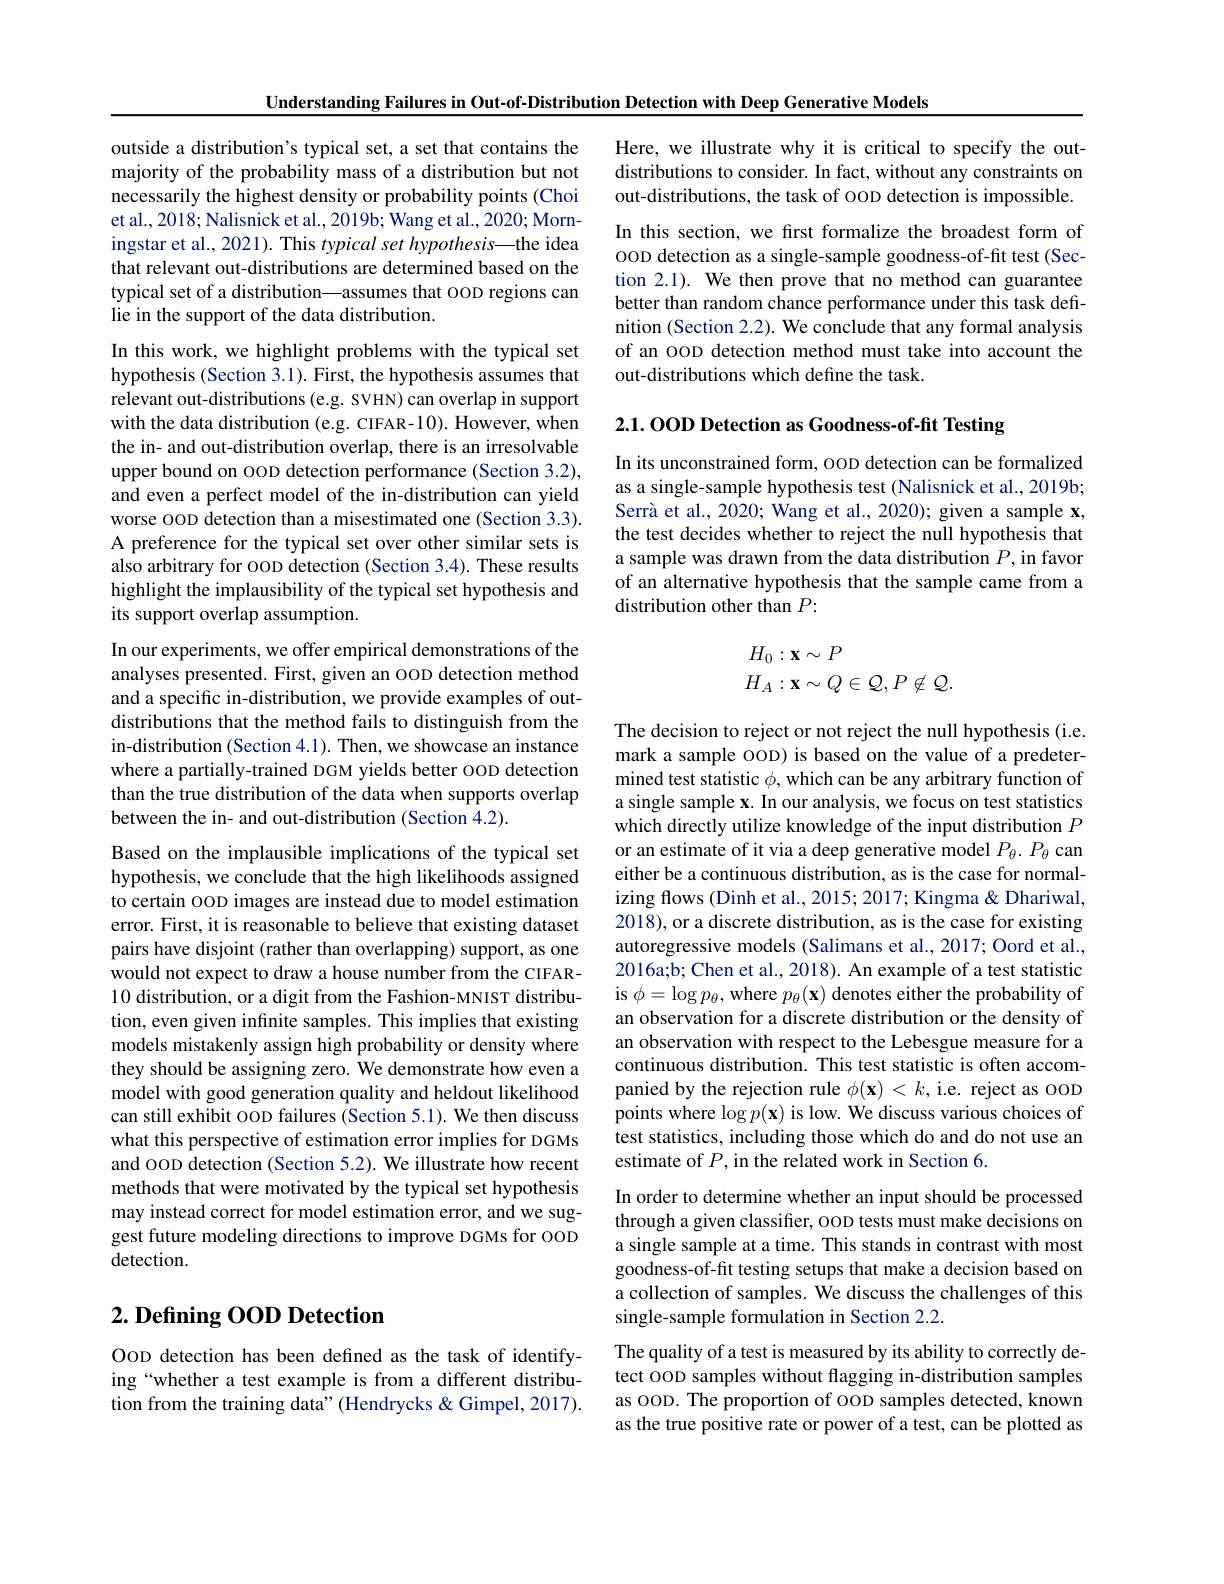
Understanding Failures in Out-of-Distribution Detection with Deep Generative Models

outside a distribution's typical set, a set that contains the majority of the probability mass of a distribution but not necessarily the highest density or probability points (Choi et al., 2018; Nalisnick et al., 2019b; Wang et al., 2020; Morningstar et al., 2021). This typical set hypothesis—the idea that relevant out-distributions are determined based on the typical set of a distribution—assumes that OOD regions can lie in the support of the data distribution.

In this work, we highlight problems with the typical set hypothesis (Section 3.1). First, the hypothesis assumes that relevant out-distributions (e.g. SVHN) can overlap in support with the data distribution (e.g. CIFAR-10). However, when the in- and out-distribution overlap, there is an irresolvable upper bound on OOD detection performance (Section 3.2), and even a perfect model of the in-distribution can yield worse OOD detection than a misestimated one (Section 3.3). A preference for the typical set over other similar sets is also arbitrary for OOD detection (Section 3.4). These results highlight the implausibility of the typical set hypothesis and its support overlap assumption.
In our experiments, we offer empirical demonstrations of the analyses presented. First, given an OOD detection method and a specific in-distribution, we provide examples of outdistributions that the method fails to distinguish from the in-distribution (Section 4.1). Then, we showcase an instance where a partially-trained DGM yields better OOD detection than the true distribution of the data when supports overlap between the in- and out-distribution (Section 4.2).
Based on the implausible implications of the typical set hypothesis, we conclude that the high likelihoods assigned to certain OOD images are instead due to model estimation error. First, it is reasonable to believe that existing dataset pairs have disjoint (rather than overlapping) support, as one would not expect to draw a house number from the CIFAR- 10 distribution, or a digit from the Fashion-MNIST distribution, even given infinite samples. This implies that existing models mistakenly assign high probability or density where they should be assigning zero. We demonstrate how even a model with good generation quality and heldout likelihood can still exhibit oop failures (Section 5.1). We then discuss

what this perspective of estimation error implies for DGMs and OOD detection (Section 5.2). We illustrate how recent methods that were motivated by the typical set hypothesis may instead correct for model estimation error, and we suggest future modeling directions to improve DGMs for OOD detection.

## $2. \textbf{ Defining OOD Detection}$

OOD detection has been defined as the task of identifying“whether a test example is from a different distribution from the training data" (Hendrycks &Gimpel, 2017).

Here, we illustrate why it is critical to specify the outdistributions to consider. In fact, without any constraints on out-distributions, the task of OOD detection is impossible.

In this section, we first formalize the broadest form of OOD detection as a single-sample goodness-of-fit test (Section 2.1). We then prove that no method can guarantee better than random chance performance under this task definition (Section 2.2). We conclude that any formal analysis of an OOD detection method must take into account the out-distributions which define the task.

2.1. OOD Detection as Goodness-of-fit Testing

In its unconstrained form, OOD detection can be formalized as a single-sample hypothesis test (Nalisnick et al., 2019b; Serrà et al., 2020; Wang et al., 2020); given a sample x, the test decides whether to reject the null hypothesis that a sample was drawn from the data distribution $P$, in favor of an alternative hypothesis that the sample came from a distribution other than $P:$
$$\begin{aligned}H_0&:\mathbf{x}\sim P\\H_A&:\mathbf{x}\sim Q\in\mathcal{Q},P\not\in\mathcal{Q}.\end{aligned}$$
The decision to reject or not reject the null hypothesis (i.e. mark a sample oop) is based on the value of a predetermined test statistic $\phi$, which can be any arbitrary function of a single sample $\mathbf{x}.$ In our analysis, we focus on test statistics which directly utilize knowledge of the input distribution $P$ or an estimate of it via a deep generative model $P_{\theta}.P_{\theta}$ can either be a continuous distribution, as is the case for normalizing flows (Dinh et al., 2015; 2017; Kingma & Dhariwal, 2018), or a discrete distribution, as is the case for existing autoregressive models (Salimans et al., 2017; Oord et al., 2016a;b; Chen et al., 2018). An example of a test statistic is $\phi=\log p_{\theta}$, where $p_{\theta}(\mathbf{x})$ denotes either the probability of an observation for a discrete distribution or the density of an observation with respect to the Lebesgue measure for a continuous distribution. This test statistic is often accompanied by the rejection rule $\phi(\mathbf{x})<k$, i.e. reject as OOD points where $\log p(\mathbf{x})$ is low. We discuss various choices of test statistics, including those which do and do not use an estimate of $P$, in the related work in Section 6.

In order to determine whether an input should be processed through a given classifier, OOD tests must make decisions on a single sample at a time. This stands in contrast with most goodness-of-fit testing setups that make a decision based on a collection of samples. We discuss the challenges of this single-sample formulation in Section 2.2.
The quality of a test is measured by its ability to correctly detect OOD samples without flagging in-distribution samples as OOD. The proportion of OOD samples detected, known as the true positive rate or power of a test, can be plotted as